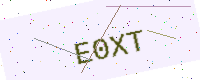
Text: E0XT